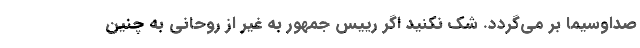
صداوسیما بر می‌گردد. شک نکنید اگر رییس جمهور به غیر از روحانی به چنین